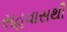
સહવાસથી